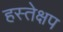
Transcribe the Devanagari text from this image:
हस्तेक्षप